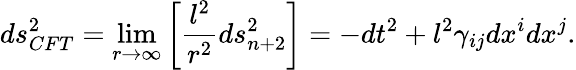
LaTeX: ds_{CFT}^{2}=\operatorname*{lim}_{r\to\infty}\left[{\frac{l^{2}}{r^{2}}}ds_{n+2}^{2}\right]=-dt^{2}+l^{2}\gamma_{ij}dx^{i}dx^{j}.